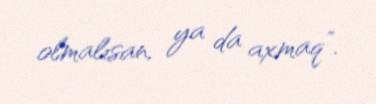
olmalısan, ya da axmaq”.